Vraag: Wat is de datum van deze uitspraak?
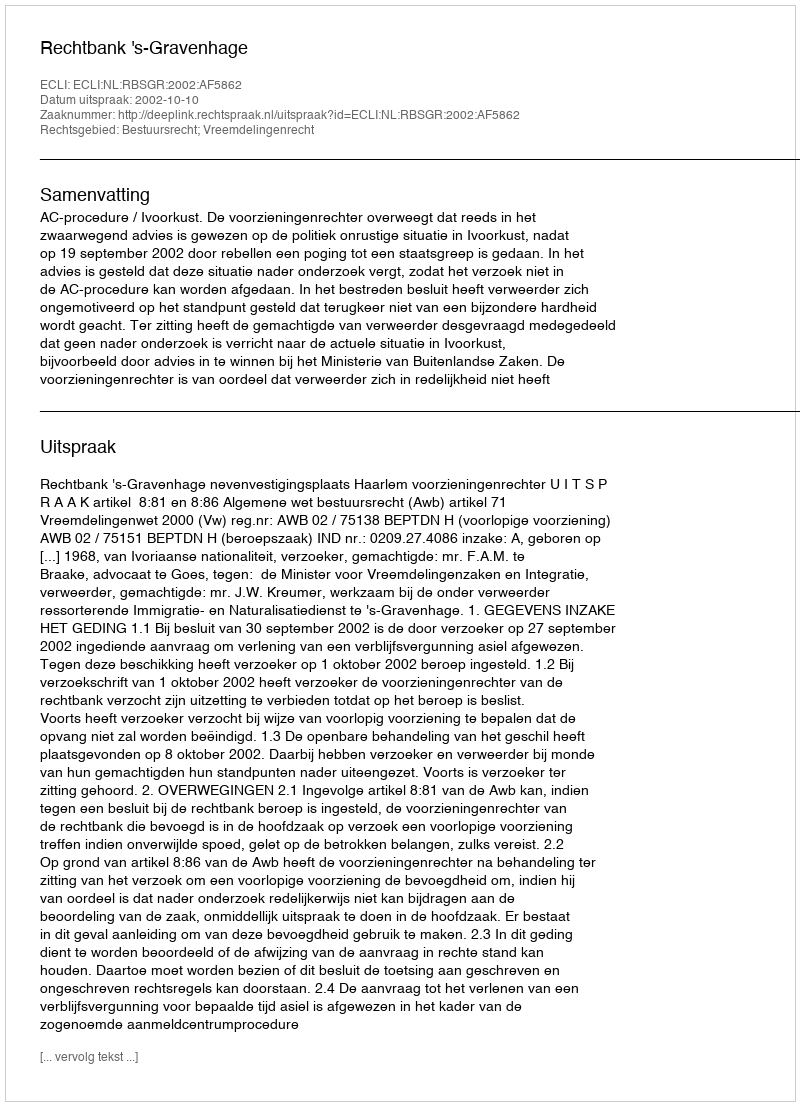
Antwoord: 2002-10-10